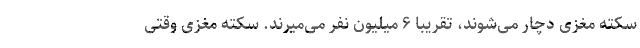
سکته مغزی دچار می‌شوند، تقریبا ۶ میلیون نفر می‌میرند. سکته مغزی وقتی